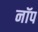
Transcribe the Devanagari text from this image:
नॉप